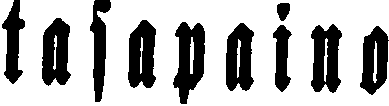
tasapaino